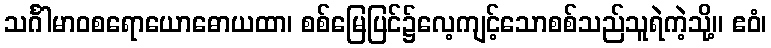
သင်္ဂါမာဝစရောယောဓောယထာ၊ စစ်မြေပြင်၌လေ့ကျင့်သောစစ်သည်သူရဲကဲ့သို့။ ဧဝံ၊